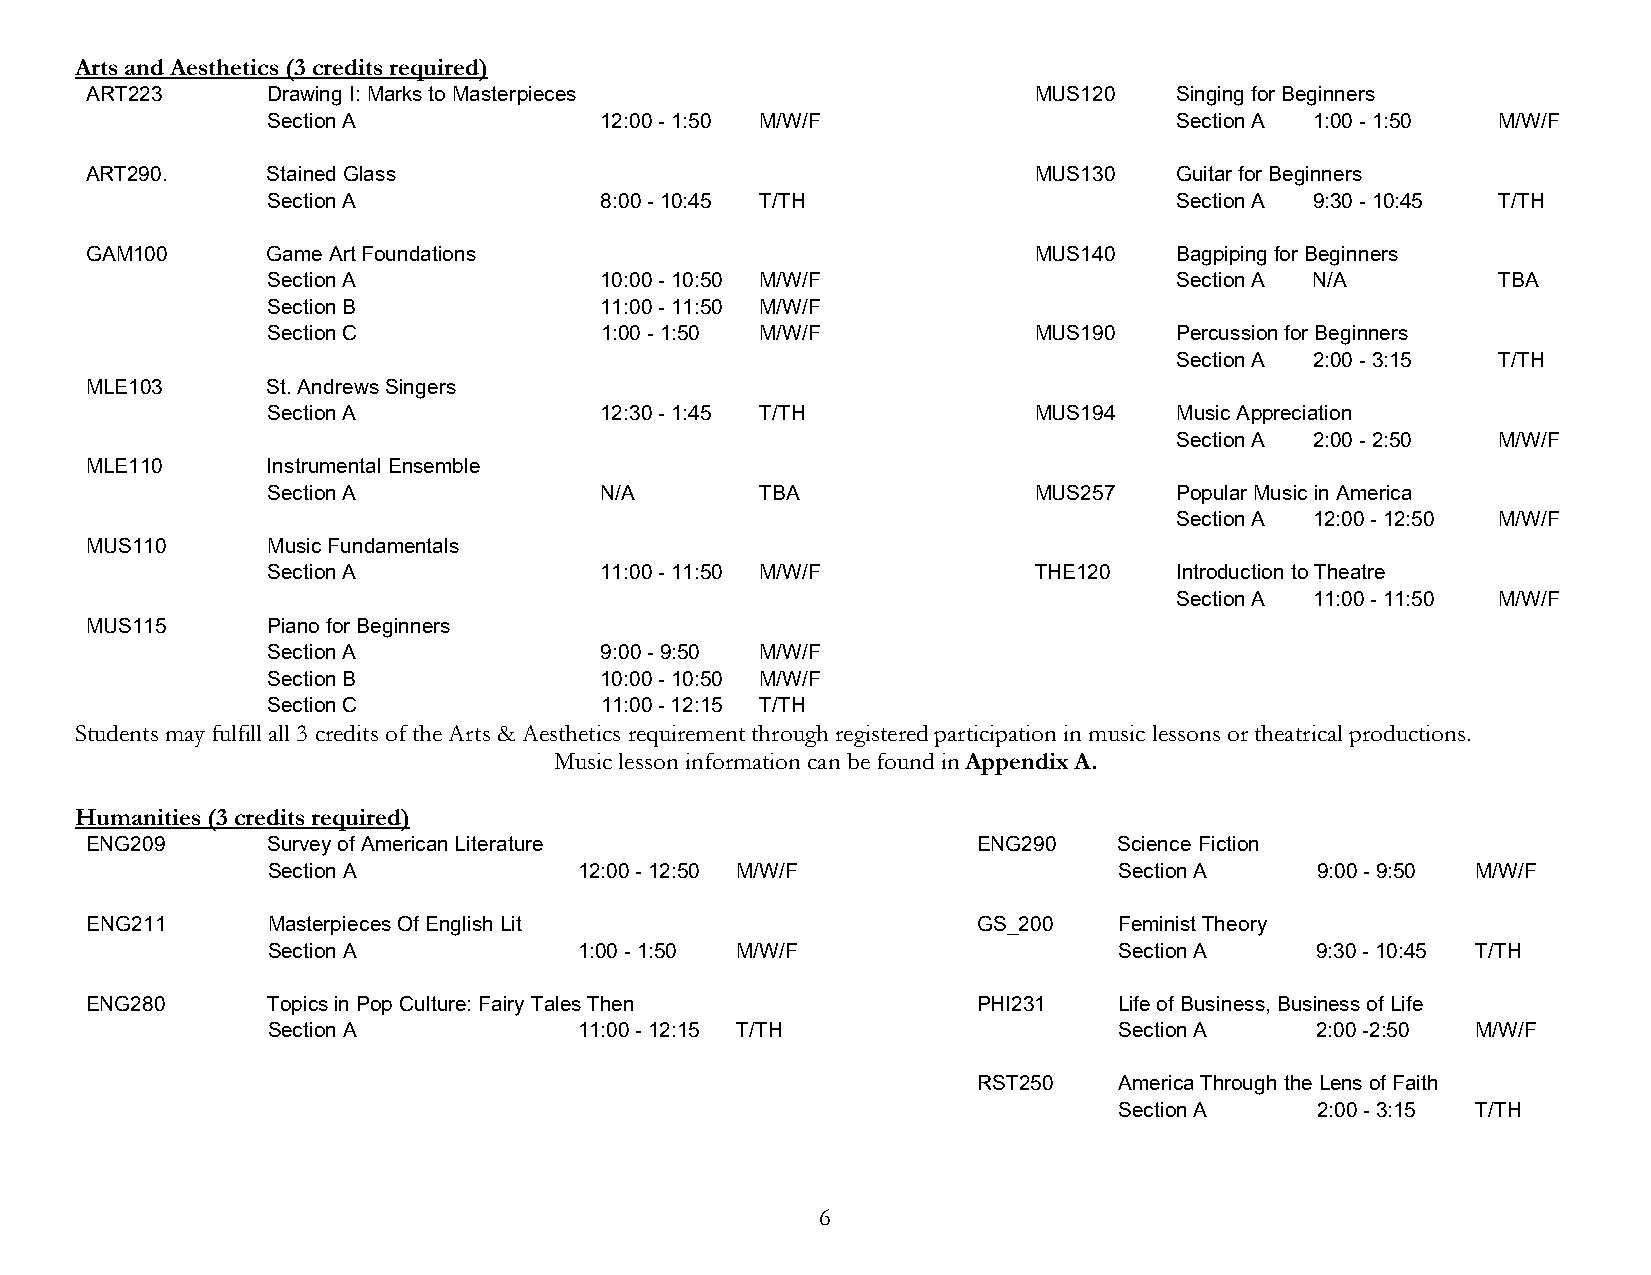
Arts and Aesthetics (3 credits required)
 ART223      Drawing I: Marks to Masterpieces                  MUS120    Singing for Beginners
 Section A             12:00 - 1:50 M/W/F                    Section A 1:00 - 1:50 M/W/F
 ART290.     Stained Glass                                     MUS130    Guitar for Beginners
 Section A             8:00 - 10:45 T/TH                     Section A 9:30 - 10:45 T/TH
 GAM100      Game Art Foundations                              MUS140    Bagpiping for Beginners
 Section A             10:00 - 10:50 M/W/F                   Section A N/A        TBA
 Section B             11:00 - 11:50 M/W/F
 Section C             1:00 - 1:50 M/W/F           MUS190    Percussion for Beginners
 Section A 2:00 - 3:15 T/TH
 MLE103      St. Andrews Singers
 Section A             12:30 - 1:45 T/TH           MUS194    Music Appreciation
 Section A 2:00 - 2:50 M/W/F
 MLE110      Instrumental Ensemble
 Section A             N/A       TBA               MUS257    Popular Music in America
 Section A 12:00 - 12:50 M/W/F
 MUS110      Music Fundamentals
 Section A             11:00 - 11:50 M/W/F         THE120    Introduction to Theatre
 Section A 11:00 - 11:50 M/W/F
 MUS115      Piano for Beginners
 Section A             9:00 - 9:50 M/W/F
 Section B             10:00 - 10:50 M/W/F
 Section C             11:00 - 12:15 T/TH
 Students may fulfill all 3 credits of the Arts & Aesthetics requirement through registered participation in music lessons or theatrical productions.
 Music lesson information can be found in Appendix A.
 Humanities (3 credits required)
 ENG209      Survey of American Literature                  ENG290   Science Fiction
 Section A           12:00 - 12:50 M/W/F                 Section A    9:00 - 9:50 M/W/F
 ENG211      Masterpieces Of English Lit                    GS_200   Feminist Theory
 Section A           1:00 - 1:50 M/W/F                   Section A    9:30 - 10:45 T/TH
 ENG280      Topics in Pop Culture: Fairy Tales Then        PHI231   Life of Business, Business of Life
 Section A           11:00 - 12:15 T/TH                  Section A    2:00 -2:50 M/W/F
 RST250   America Through the Lens of Faith
 Section A    2:00 - 3:15 T/TH
 6